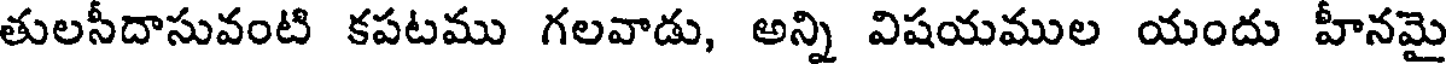
తులసీదాసువంటి కపటము గలవాడు, అన్ని విషయముల యందు హీనమై